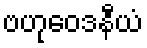
ဗဟုဝေဒနီယံ